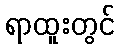
ရာထူးတွင်